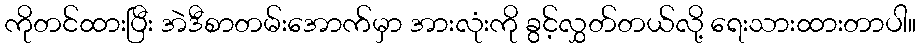
ကိုတင်ထားပြီး အဲဒီစာတမ်းအောက်မှာ အားလုံးကို ခွင့်လွှတ်တယ်လို့ ရေးသားထားတာပါ။